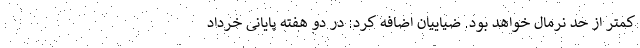
کمتر از حد نرمال خواهد بود. ضیاییان اضافه کرد: در دو هفته پایانی خرداد